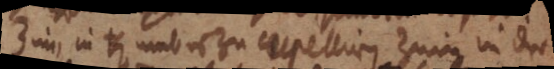
Zinn in umb es zu cupelliren. Zinn in der